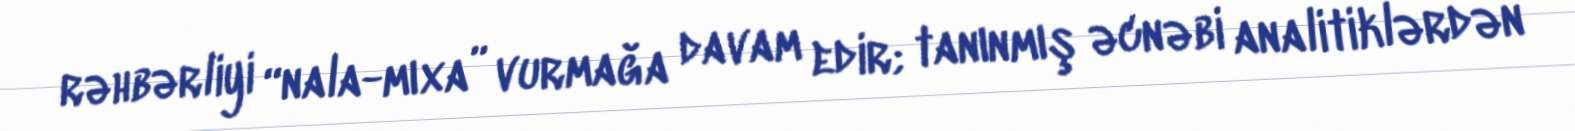
rəhbərliyi “nala-mıxa” vurmağa davam edir; tanınmış əcnəbi analitiklərdən